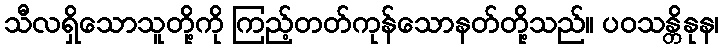
သီလရှိသောသူတို့ကို ကြည့်တတ်ကုန်သောနတ်တို့သည်။ ပဝသန္တိနုန၊